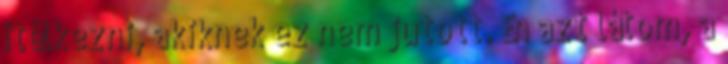
ítélkezni, akiknek ez nem jutott. Én azt látom, a